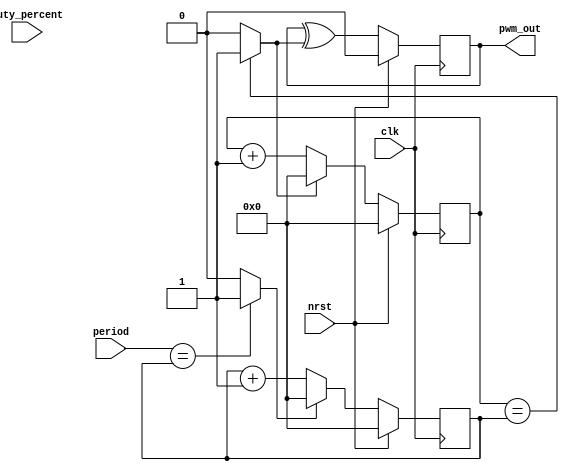
/*
 * Modulo de PWM se da como parametro la 
 * freq del clk. El duty cicle y el periodo
 * son variables.
 *
 * el periodo se basa en la comparacion del contador
 * respecto a la entrada del PWM, si period es menor
 * que el counter sigue contando si no se pasa a estado
 * de reset.
 * 
 * el duty cicle es parecido, si es menor que el counter
 * la salida pasa a cero.
 *
 *
 * */


module pwm #(parameter CLK_FREQ = 100000) (
    input clk,
    input nrst,
    input [6:0] duty_percent,
    input [31:0] period,
    output reg pwm_out
);

reg [31:0] counter;
reg [31:0] duty;
reg period_end;

reg cycle_end;

reg [1:0]ss_period_end;

/* Should this be edge alinged? */
always@(*) begin
    period_end = (period == counter)? 1'b1:1'b0;
end

always@(*) begin
    cycle_end = (duty == counter)? 1'b1:1'b0;
end

always@(posedge clk) begin
        if(nrst)begin
                pwm_out <= 'b0;
        end else begin
                pwm_out <= pwm_out ^ cycle_end;
        end
end

/* reset the counter for the next period */
always @(posedge clk)begin
    if(nrst) begin
        ss_period_end <= 2'b0;
    end else begin
        ss_period_end <= {ss_period_end[0], period_end};
    end
end

/**
 * 
 * */
wire end_period = ss_period_end[0] == 1'b0 && ss_period_end[1] == 1'b1;

always @(posedge clk) begin
    if(nrst) begin
        counter <= 'b0;
    end else  begin
        if(period_end) 
            counter <= 'b0;
        else
            counter <= counter + 32'b1;    
    end
end

/* Adjust the duty cycle to the percentage */
always @(posedge clk) begin
    if(nrst) begin
        duty <= 'b0;
    end else  begin
        if(cycle_end) 
            duty <= 'b0;
        else 
            duty <= duty + 32'b1;    
    end
end



endmodule